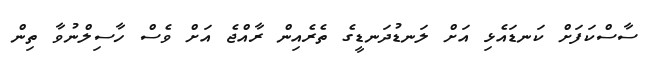
ސާސްކަފަށް ކަނޑައެޅި އަށް ލަނޑުދަނޑީގެ ތެރެއިން ރާއްޖެ އަށް ވެސް ހާސިލްނުވާ ތިން